Lunatic asylums in Bengal annual reports 1888-1898 - 1888-1898
Year: 1888
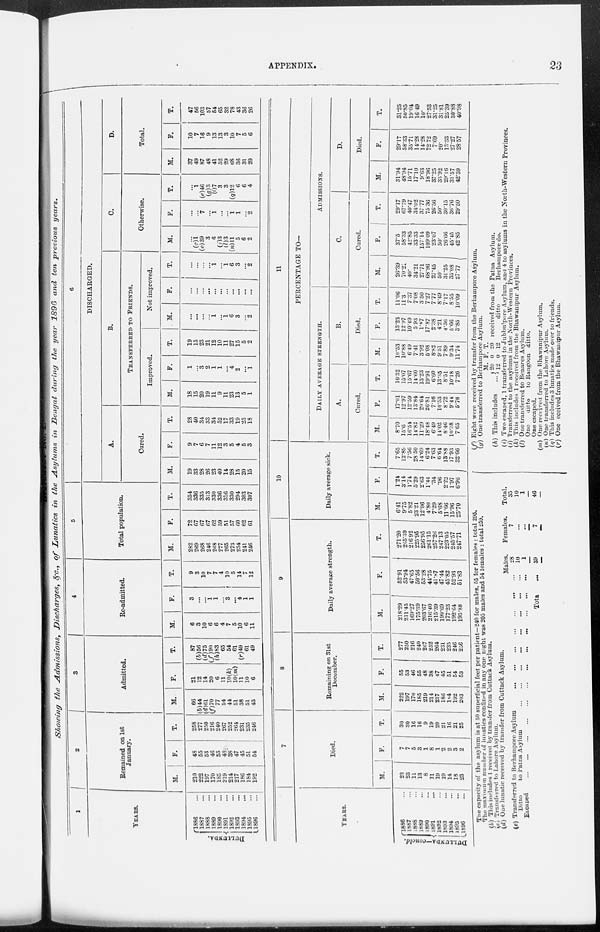
APPENDIX.
23
Showing
the Admissions,
Discharges, &c., of Lunatics
in the Asylums
in Bengal
during
the year 1896 and ten previous
years.
1
YEARS.
DULLUNDA.
1886 ...
1887 ...
1888
...
1889
...
1890
...
1891
...
1892
...
1893 ...
1894
...
1895
...
1896
...
2
Remained on 1st
January.
M.
210
222
197
170
185
219
214
217
186
184
192
F.
48
55
53
46
55
48
38
47
45
51
54
T.
258
277
250
216
240
267
252
264
231
235
246
3
Admitted.
M.
66
(b) 44
(d) 61
(f) 70
77
54
44
51
38
51
43
F.
21
12
14
20
6
11
10 (k)
10 (m)
11
10
6
T.
87
(b) 56
(d) 75
(f) 90
(h) 83
65
54
61
(r) 49
61
49
4
Re-admitted.
M.
6
3
10
6
6
4
7
5
10
6
11
F.
3
...
...
1 1
...
3
...
4
1
1
T.
9
3
10
7
7
4
10
5
14
7
12
5
Total population.
M.
282
269
268
246 268
277
265
273
234
241
246
F.
72
67
67
67
62
59
51
57
30
62
61
T.
354
336
335
313
330
336
316
330
294
303
307
6
DISCHARGED.
A.
Cured.
M.
19
33
28
26 23
40
14
28
15
20
15
F.
9
7
6
7 11
12
3
5
4
5
3
T.
28
40
34
33 34
52
17
33
19
25
18
B.
TRANSFERRED TO FRIENDS.
Improved.
M.
18
15
20
19
11
9
11
23
13
5
1
F.
1
... 3
2
1
1
...
4
2
...
1
T.
19
15
23
21
12
10
11
27
15
5
2
Not improved.
M.
...
...
...
...
1
...
1
6
3
...
2
F.
...
...
...
...
...
...
...
...
...
...
...
T.
...
...
...
...
1
...
1
6
3
...
2
C.
Otherwise.
M.
...
(c) 1
(e) 39
3
6
(j) 3
(l) 3
(n) 11
5
6
2
F.
...
...
7
...
1
...
...
1
1
...
2
T.
...
1
(e) 46
(g) 3
(i)7
3
3
(q) 12
6
6
4
D.
Total.
M.
37
49
87
48
41
52
29
68
36
31
20
F.
10
7
16
9
13
13
3
10
7
5
6
T.
47
56
103
57
54
65
32
78
43
36
26
YEARS.
DULLUNDA—concld.
1886 ...
1887
...
1888 ...
1889
...
1890
...
1891
...
1892
...
1893
...
1894
...
1895 ...
1896
...
7
Died.
M.
23
23
11
13
8
11
19
19
14
18
23
F.
7
7
5
3
1
8
1
2
2
3
2
T.
30
30
16
16
9
19
20
21
16
21
25
8
Remaining on 31st
December.
M.
222
197
170
185
219
214
217
186
184
192
203
F.
55
53
46
55
48
38
47
45
51
54
53
T.
277
250
216
240
267
252
264
231
235
246
256
9
Daily average strength.
M.
218.29
211.45
169.27
175.39
203.67
216.40
215.39
199.69
177.23
192.64
195.88
F.
52.91
53.94
47.65
50.56
53.28
44.75
41.87
47.44
45.82
52.93
51.83
T.
271.20
265.39
216.92
225.95
256.95
261.15
257.26
247.13
223.05
245.57
247.71
10
Daily average sick.
M.
6.41
9.75
5.82
23.21
12.06
4.80
7.29
5.68
11.66
15.96
25.70
F.
1.24
3.14
1.74
5.29
2.63
1.44
.34
.96
2.22
1.97
6.96
T.
7.65
12.89
7.56
28.50
14.69
6.24
7.63
6.64
13.88
17.93
32.66
11
PERCENTAGE TO—
DAILY AVERAGE STRENGTH.
A.
Cured.
M.
8.70
15.6
16.54
14.82
11.29
18.48
6.49
14.02
8.46
10.38
7.65
F.
17.01
12.97
12.59
13.84
20.64
26.81
7.16
10.53
8.72
9.44
5.78
T.
10.32
15.07
15.67
14.60
13.23
19.91
6.60
13.35
8.51
10.18
7.26
B.
Died.
M.
10.53
10.88
6.49
7.41
3.92
5.08
8.82
9.51
7.89
9.34
11.74
F.
13.23
12.97
10.49
5.93
1.87
17.87
2.38
4.21
4.36
5.66
3.85
T.
11.06
11.3
7.37
7.08
3.50
7.27
7.77
8.49
7.17
8.55
10.09
ADMISSIONS.
C.
Cured.
M.
26.39
70.21
40.
34.21
27.71
68.96
27.45
50.
31.25
35.08
27.77
F.
37.5
58.33
42.85
33.33
157.14
109.09
23.07
50.
26.66
45.45
42.85
T.
29.17
67.79
40.47
34.02
37.77
75.36
26.56
50.
30.15
36.76
29.50
D.
Died.
M.
31.94
48.94
15.71
17.10
9.63
18.96
37.25
33.92
29.16
31.57
42.59
F.
29.17
58.33
35.71
14.28
14.28
72.72
7.69
20.
13.33
27.27
28.57
T.
31.25
50.85
19.04
16.49
10.
27.53
31.25
31.81
25.39
30.88
40.98
The capacity of the asylum is at 50 superficial feet per patient—240 for males, 55 for females : total 295.
The maximum number of lunatics confined in any one night was 205 males and 54 females : total 259.
(b) This includes 1 received by transfer from Cuttack Asylum.
(c) Transferred to Lahore Asylum.
(d) One lunatic received by transfer from Cuttack Asylum.
(e) Transferred to Berhampore Asylum
...
...
...
...
...
...
...
Ditto
to Patna Asylum
...
...
...
...
...
...
...
...
Escaped
...
...
...
...
...
...
...
...
...
...
...
Total ...
Males.
28
10
1
39
Females.
7
...
...
7
Total.
35
10
1
46
(f) Eight were received by transfer from the Berhampore Asylum.
(g) One transferred to Berhampore Asylum.
(h) This includes
...
M.
20
12
F.
0
0
T.
20
12
received from the Patna Asylum.
ditto
Berhampore do.
(i) Two escaped, 1 transferred to Jubbulpore Asylum, and 4 to asylums in the North-Western Provinces.
(j) Transferred to the asylums in the North-Western Provinces.
(k) This includes 1 received from the Bhawanipur Asylum.
(l) One transferred to Benares Asylum.
One
ditto
to Rangoon ditto.
One escaped.
(m) One received from the Bhawanipur Asylum.
(n) One transferred to Lahore Asylum.
(q) This includes 3 lunatics made over to friends.
(r) One received from the Bhawanipur Asylum.